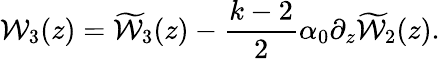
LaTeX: {{\cal W}_{3}(z)}={\widetilde{\cal W}_{3}(z)}-\frac{k-2}{2}\alpha_{0}\partial_{z}{\widetilde{\cal W}_{2}(z)}.